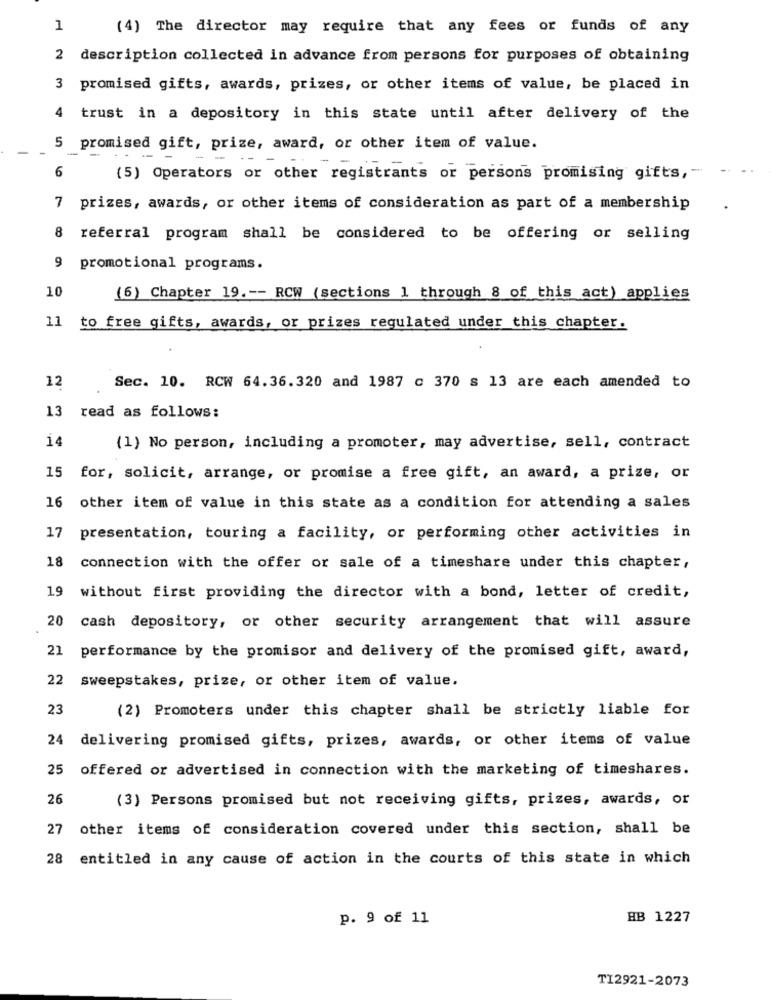
1
(4) The director may require that any fees or funds of any
2 description collected in advance from persons for purposes of obtaining
3 promised gifts, awards, prizes, or other items of value, be placed in
4
trust in a depository in this state until after delivery of the
5
-
- -
promised gift, prize, award, or other item of value.
6
(5) Operators or other registrants or persons promising gifts ,-
7 prizes, awards, or other items of consideration as part of a membership
8 referral program shall be considered to be offering or selling
9 promotional programs.
10
(6) Chapter 19 .-- RCW (sections 1 through 8 of this act) applies
11 to free gifts, awards, or prizes regulated under this chapter.
12
Sec. 10. RCW 64.36.320 and 1987 c 370 s 13 are each amended to
13
read as follows:
14
(1) No person, including a promoter, may advertise, sell, contract
15 for, solicit, arrange, or promise a free gift, an award, a prize, or
16 other item of value in this state as a condition for attending a sales
17 presentation, touring a facility, or performing other activities in
18
connection with the offer or sale of a timeshare under this chapter,
19
without first providing the director with a bond, letter of credit,
20
cash depository, or other security arrangement that will assure
21
performance by the promisor and delivery of the promised gift, award,
22
sweepstakes, prize, or other item of value.
23
(2) Promoters under this chapter shall be strictly liable for
24
delivering promised gifts, prizes, awards, or other items of value
25
offered or advertised in connection with the marketing of timeshares.
26
(3) Persons promised but not receiving gifts, prizes, awards, or
27 other items of consideration covered under this section, shall be
28 entitled in any cause of action in the courts of this state in which
p. 9 of 11
HB 1227
TI2921-2073